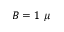
B = 1 ~ \mu